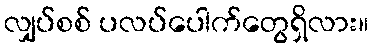
လျှပ်စစ် ပလပ်ပေါက်တွေရှိလား။